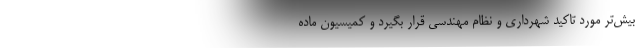
بیش‌تر مورد تاکید شهرداری و نظام مهندسی قرار بگیرد و کمیسیون ماده